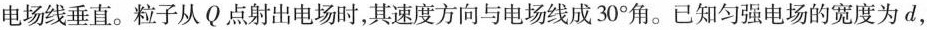
电场线垂直。粒子从Q点射出电场时，其速度方向与电场线成30^{\circ}角。已知匀强电场的宽度为d，